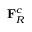
\mathbf { F } _ { R } ^ { c }